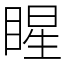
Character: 睲